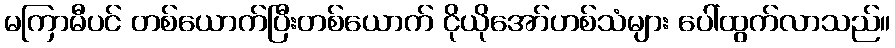
မကြာမီပင် တစ်ယောက်ပြီးတစ်ယောက် ငိုယိုအော်ဟစ်သံများ ပေါ်ထွက်လာသည်။